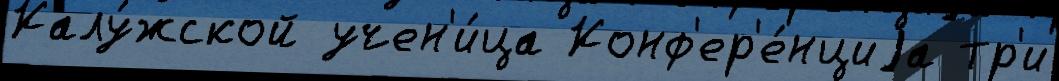
Калу́жской учен'и́ца Конф'ер'е́нциjа тр'и